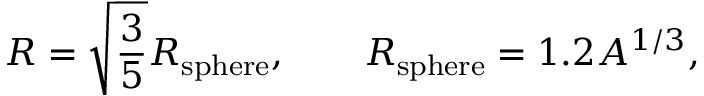
R = \sqrt { \frac { 3 } { 5 } } R _ { \mathrm { s p h e r e } } , \qquad R _ { \mathrm { s p h e r e } } = 1 . 2 A ^ { 1 / 3 } ,